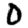
Digit: 0